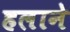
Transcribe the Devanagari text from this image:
हलाने